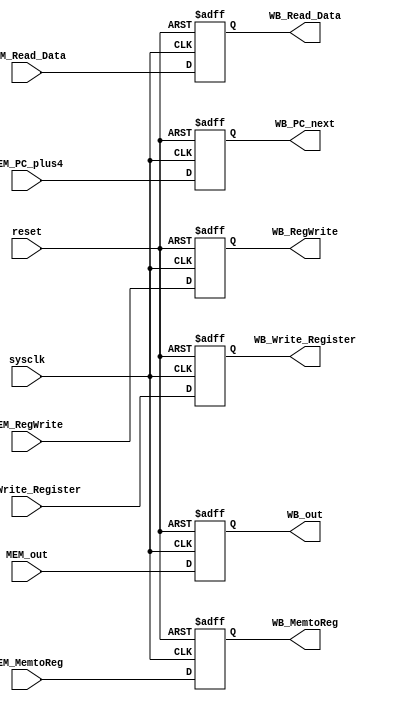
`timescale 1ns / 1ps
module MEM_WB(sysclk, reset,
              MEM_MemtoReg, 
              MEM_RegWrite,
              MEM_out, MEM_PC_plus4,
              MEM_Write_Register, MEM_Read_Data,
              WB_MemtoReg, 
              WB_RegWrite,
              WB_out, WB_PC_next,
              WB_Write_Register, WB_Read_Data              
);
//input signals
input wire sysclk;
input wire reset;
input wire [1:0] MEM_MemtoReg;
input wire MEM_RegWrite;
input wire [31:0] MEM_out;
input wire [31:0] MEM_PC_plus4;
input wire [4:0] MEM_Write_Register;
input wire [31:0] MEM_Read_Data;

//output signals
output reg [1:0] WB_MemtoReg;
output reg WB_RegWrite;
output reg [31:0] WB_out;
output reg [31:0] WB_PC_next;
output reg [4:0] WB_Write_Register;
output reg [31:0] WB_Read_Data;

always @(posedge sysclk or posedge reset)
begin
    if (reset)begin
        WB_MemtoReg <= 2'b00;
        WB_RegWrite <= 0;
        WB_out <= 32'b0;
        WB_PC_next <= 32'b0;
        WB_Write_Register <= 5'b00000;
        WB_Read_Data <= 32'b0;
    end
    else begin
        WB_MemtoReg <= MEM_MemtoReg;
        WB_RegWrite <= MEM_RegWrite;
        WB_out <= MEM_out;
        WB_PC_next <= MEM_PC_plus4;
        WB_Write_Register <= MEM_Write_Register;
        WB_Read_Data <= MEM_Read_Data;    
    end
end 
endmodule